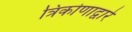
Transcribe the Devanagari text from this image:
त्रिकोणाद्वारे